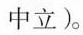
中立)。